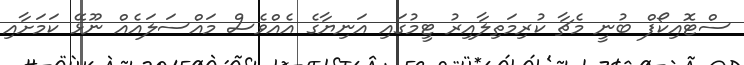
ސްޓޮއިކޯފް ބުނީ މެޗާ ކުރިމަތިލާއިރު ޓީމުގައި އަނިޔާގެ އެއްވެސް މައްސަލައެއް ނޫޅޭ ކަމަށާއި